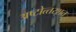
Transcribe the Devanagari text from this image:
अष्‍टोत्‍तरशत